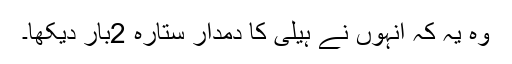
وہ یہ کہ انہوں نے ہیلی کا دمدار ستارہ 2بار دیکھا۔